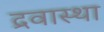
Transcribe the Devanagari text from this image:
द्रवास्था